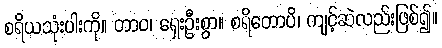
စရိယသုံးပါးကို။ တာဝ၊ ရှေးဦးစွာ။ စရိတောပိ၊ ကျင့်ဆဲလည်းဖြစ်၍။